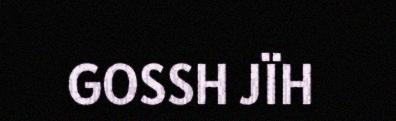
GOSSH JÏH